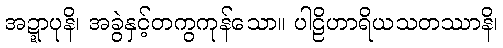
အဍ္ဍာပုနိ၊ အခွဲနှင့်တကွကုန်သော။ ပါဠိဟာရိယသတဿာနိ၊